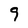
Character: 9